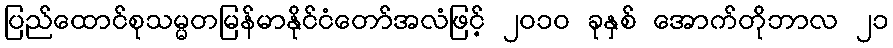
ပြည်ထောင်စုသမ္မတမြန်မာနိုင်ငံတော်အလံဖြင့် ၂၀၁၀ ခုနှစ် အောက်တိုဘာလ ၂၁